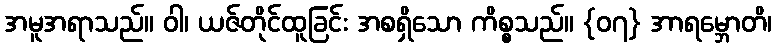
အမူအရာသည်။ ဝါ၊ ယဇ်တိုင်ထူခြင်း အစရှိသော ကိစ္စသည်။ {၀၇} အာရမ္ဘောတိ၊